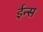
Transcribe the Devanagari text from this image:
ईन्स